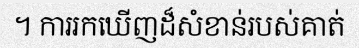
។ ការរកឃើញដ៏សំខាន់របស់គាត់